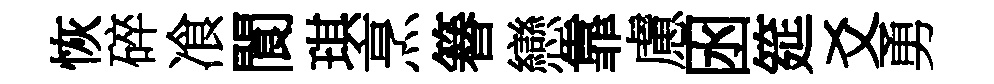
恢碎飡閬琪烹簮戀靠慮囦筵爻勇